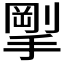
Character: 𪮚